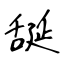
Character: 𦧝